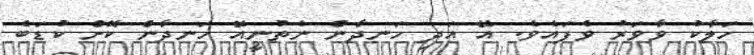
ހަލާކު ވާވަރު ވެފައެވެ. އޭ އަދި ހަނދާން ނެތުނީއޭ ހަނދާން ކޮށް ކުޑަބެ